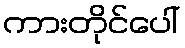
ကားတိုင်ပေါ်